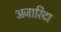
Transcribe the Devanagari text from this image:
अजारिटा